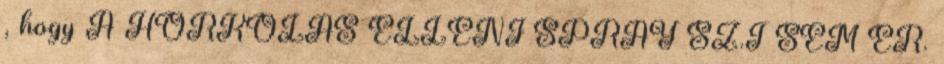
, hogy A HORKOLÁS ELLENI SPRAY SZ.T SEM ÉR.